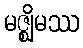
မဇ္ဈိမဿ